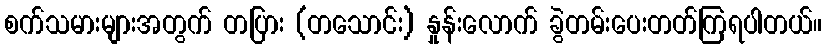
စက်သမားများအတွက် တပြား (တသောင်း) နှုန်းလောက် ခွဲတမ်းပေးတတ်ကြရပါတယ်။